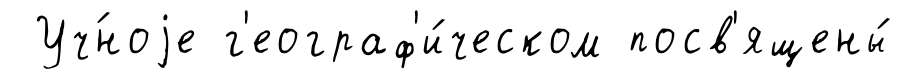
Уч́ноjе г'еограф'и́ческом посв'ящены́